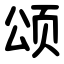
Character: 颂